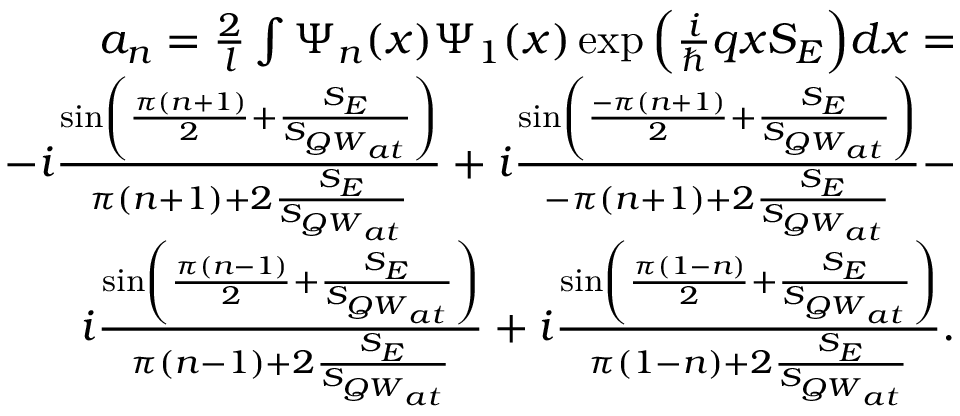
\begin{array} { r } { a _ { n } = \frac { 2 } { l } \int \Psi _ { n } ( x ) \Psi _ { 1 } ( x ) \exp { \Big ( \frac { i } { \hbar } q x S _ { E } \Big ) } d x = } \\ { - i \frac { \sin \left( \frac { \pi ( n + 1 ) } { 2 } + \frac { S _ { E } } { S _ { { Q W } _ { a t } } } \right) } { \pi ( n + 1 ) + 2 \frac { S _ { E } } { S _ { { Q W } _ { a t } } } } + i \frac { \sin \left( \frac { - \pi ( n + 1 ) } { 2 } + \frac { S _ { E } } { S _ { { Q W } _ { a t } } } \right) } { - \pi ( n + 1 ) + 2 \frac { S _ { E } } { S _ { { Q W } _ { a t } } } } - } \\ { i \frac { \sin \left( \frac { \pi ( n - 1 ) } { 2 } + \frac { S _ { E } } { S _ { { Q W } _ { a t } } } \right) } { \pi ( n - 1 ) + 2 \frac { S _ { E } } { S _ { { Q W } _ { a t } } } } + i \frac { \sin \left( \frac { \pi ( 1 - n ) } { 2 } + \frac { S _ { E } } { S _ { { Q W } _ { a t } } } \right) } { \pi ( 1 - n ) + 2 \frac { S _ { E } } { S _ { { Q W } _ { a t } } } } . } \end{array}